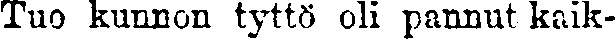
Tuo kunnon tyttö oli pannut kaik-